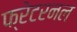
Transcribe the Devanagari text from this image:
फ्रेटरनल